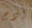
أدع